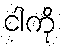
ငါကို